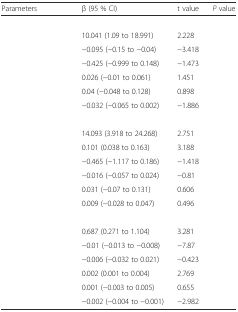
<table><thead><tr><td><b>Parameters</b></td><td><b>β (95 % CI)</b></td><td><b>t value</b></td><td><b><i>P</i> value</b></td></tr></thead><tbody><tr><td>[EMPTY_CELL]</td><td>[EMPTY_CELL]</td><td>[EMPTY_CELL]</td><td>[EMPTY_CELL]</td></tr><tr><td>[EMPTY_CELL]</td><td>10.041 (1.09 to 18.991)</td><td>2.228</td><td>[EMPTY_CELL]</td></tr><tr><td>[EMPTY_CELL]</td><td>−0.095 (−0.15 to −0.04)</td><td>−3.418</td><td>[EMPTY_CELL]</td></tr><tr><td>[EMPTY_CELL]</td><td>−0.425 (−0.999 to 0.148)</td><td>−1.473</td><td>[EMPTY_CELL]</td></tr><tr><td>[EMPTY_CELL]</td><td>0.026 (−0.01 to 0.061)</td><td>1.451</td><td>[EMPTY_CELL]</td></tr><tr><td>[EMPTY_CELL]</td><td>0.04 (−0.048 to 0.128)</td><td>0.898</td><td>[EMPTY_CELL]</td></tr><tr><td>[EMPTY_CELL]</td><td>−0.032 (−0.065 to 0.002)</td><td>−1.886</td><td>[EMPTY_CELL]</td></tr><tr><td>[EMPTY_CELL]</td><td>[EMPTY_CELL]</td><td>[EMPTY_CELL]</td><td>[EMPTY_CELL]</td></tr><tr><td>[EMPTY_CELL]</td><td>14.093 (3.918 to 24.268)</td><td>2.751</td><td>[EMPTY_CELL]</td></tr><tr><td>[EMPTY_CELL]</td><td>0.101 (0.038 to 0.163)</td><td>3.188</td><td>[EMPTY_CELL]</td></tr><tr><td>[EMPTY_CELL]</td><td>−0.465 (−1.117 to 0.186)</td><td>−1.418</td><td>[EMPTY_CELL]</td></tr><tr><td>[EMPTY_CELL]</td><td>−0.016 (−0.057 to 0.024)</td><td>−0.81</td><td>[EMPTY_CELL]</td></tr><tr><td>[EMPTY_CELL]</td><td>0.031 (−0.07 to 0.131)</td><td>0.606</td><td>[EMPTY_CELL]</td></tr><tr><td>[EMPTY_CELL]</td><td>0.009 (−0.028 to 0.047)</td><td>0.496</td><td>[EMPTY_CELL]</td></tr><tr><td>[EMPTY_CELL]</td><td>[EMPTY_CELL]</td><td>[EMPTY_CELL]</td><td>[EMPTY_CELL]</td></tr><tr><td>[EMPTY_CELL]</td><td>0.687 (0.271 to 1.104)</td><td>3.281</td><td>[EMPTY_CELL]</td></tr><tr><td>[EMPTY_CELL]</td><td>−0.01 (−0.013 to −0.008)</td><td>−7.87</td><td>[EMPTY_CELL]</td></tr><tr><td>[EMPTY_CELL]</td><td>−0.006 (−0.032 to 0.021)</td><td>−0.423</td><td>[EMPTY_CELL]</td></tr><tr><td>[EMPTY_CELL]</td><td>0.002 (0.001 to 0.004)</td><td>2.769</td><td>[EMPTY_CELL]</td></tr><tr><td>[EMPTY_CELL]</td><td>0.001 (−0.003 to 0.005)</td><td>0.655</td><td>[EMPTY_CELL]</td></tr><tr><td>[EMPTY_CELL]</td><td>−0.002 (−0.004 to −0.001)</td><td>−2.982</td><td>[EMPTY_CELL]</td></tr></tbody></table>